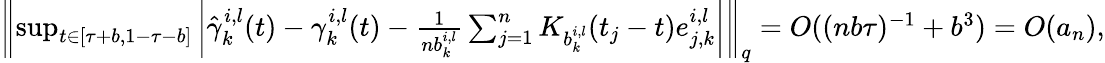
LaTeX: \begin{array}{r}{\left\| \operatorname*{sup}_{t\in[\tau+b,1-\tau-b]}\left|\hat{\gamma}_{k}^{i,l}(t)-\gamma_{k}^{i,l}(t)-\frac{1}{nb_{k}^{i,l}}\sum_{j=1}^{n}K_{b_{k}^{i,l}}(t_{j}-t)e_{j,k}^{i,l}\right|\right\| _{q}=O((nb\tau)^{-1}+b^{3})=O(a_{n}),}\end{array}